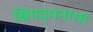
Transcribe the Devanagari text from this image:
स्रिपद्पनाभा